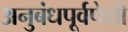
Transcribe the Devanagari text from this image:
अनुबंधपूर्वपेशी